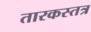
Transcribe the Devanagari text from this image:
तारकस्तत्र